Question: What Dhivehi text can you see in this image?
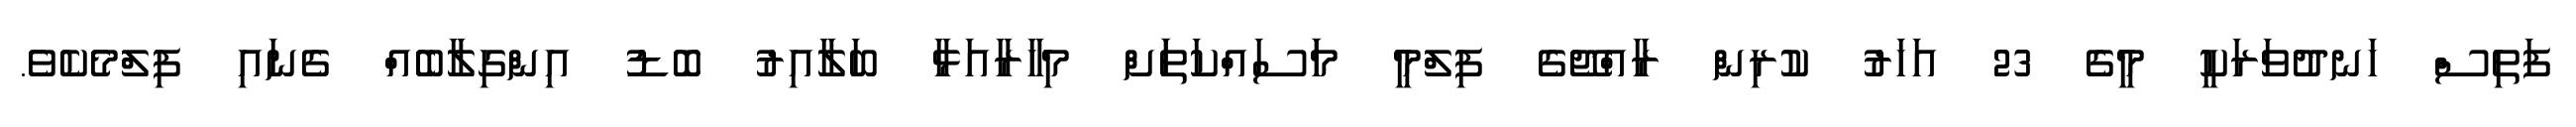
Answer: ފަތިސް ހަނދުވަރަކީ މީގެ 23 އަހަރު ކުރިން ރާއްޖޭގެ ފިލްމީ މަަސައްކަތަަށް މިހާރާއަޅާ ބަލާއިރު ބޮޑު އިންގިލާބެއް ގެނައި ފިލްމެކެވެ.